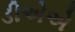
ડીએએ